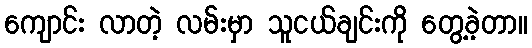
ကျောင်း လာတဲ့ လမ်းမှာ သူငယ်ချင်းကို တွေ့ခဲ့တာ။